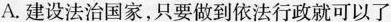
A.建设法治国家，只要做到依法行政就可以了